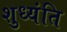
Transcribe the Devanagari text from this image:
शुध्यंति